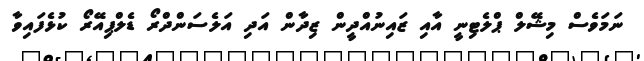
ނަމަވެސް މިޝޭލް ޕްލެޓިނީ އާއި ޒައިނުއްދީން ޒިދާން އަދި އަލެސަންދްރޯ ޑެލްޕިއޭރޯ ކުޅެފައިވާ